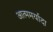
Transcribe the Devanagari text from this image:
आत्ममर्यादा